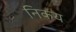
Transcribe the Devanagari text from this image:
निकय